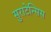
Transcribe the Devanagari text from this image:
सुराटेन्सिस